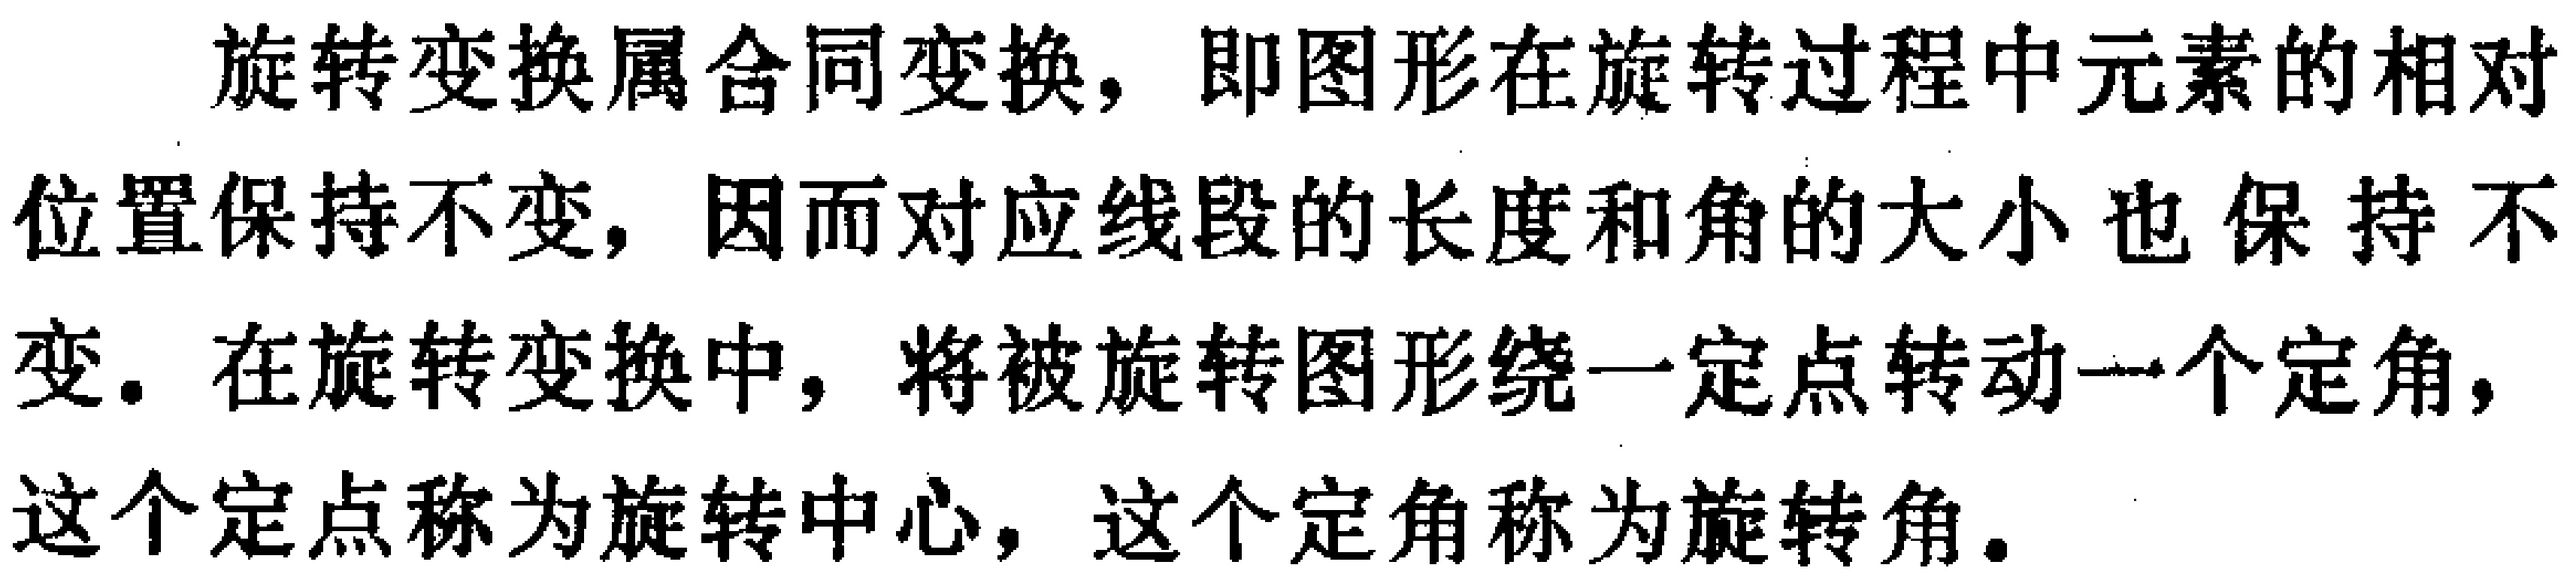
旋转变换属合同变换，即图形在旋转过程中元素的相对位置保持不变，因而对应线段的长度和角的大小也保持不变。在旋转变换中，将被旋转图形绕一定点转动一个定角，这个定点称为旋转中心，这个定角称为旋转角。